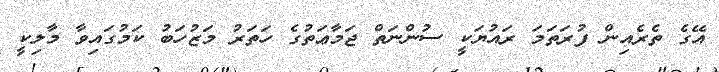
އޭގެ ތެރެއިން ފުރަތަަމަ ރައުޔަކީ ސުންނަތް ޖަމާޢަތުގެ ހަތަރު މަޒުހަބު ކަމުގަައިވާ މާލިކީ